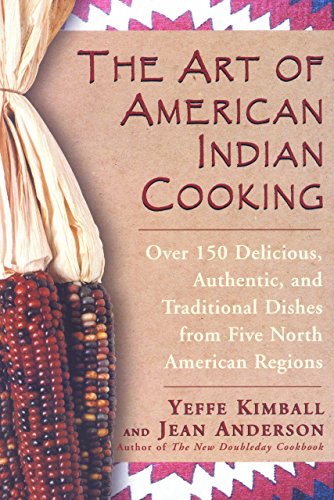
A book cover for The Art of American Indian Cooking; Yeffe Kimball; Cookbooks, Food & Wine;